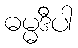
ဓမ္မဒီပါ